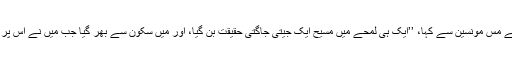
‘‘ اُس مبلغ نے مس مونسین سے کہا، ’’ایک ہی لمحے میں مسیح ایک جیتی جاگتی حقیقت بن گیا، اور میں سکون سے بھر گیا جب میں نے اُس پر بھروسہ کیا۔